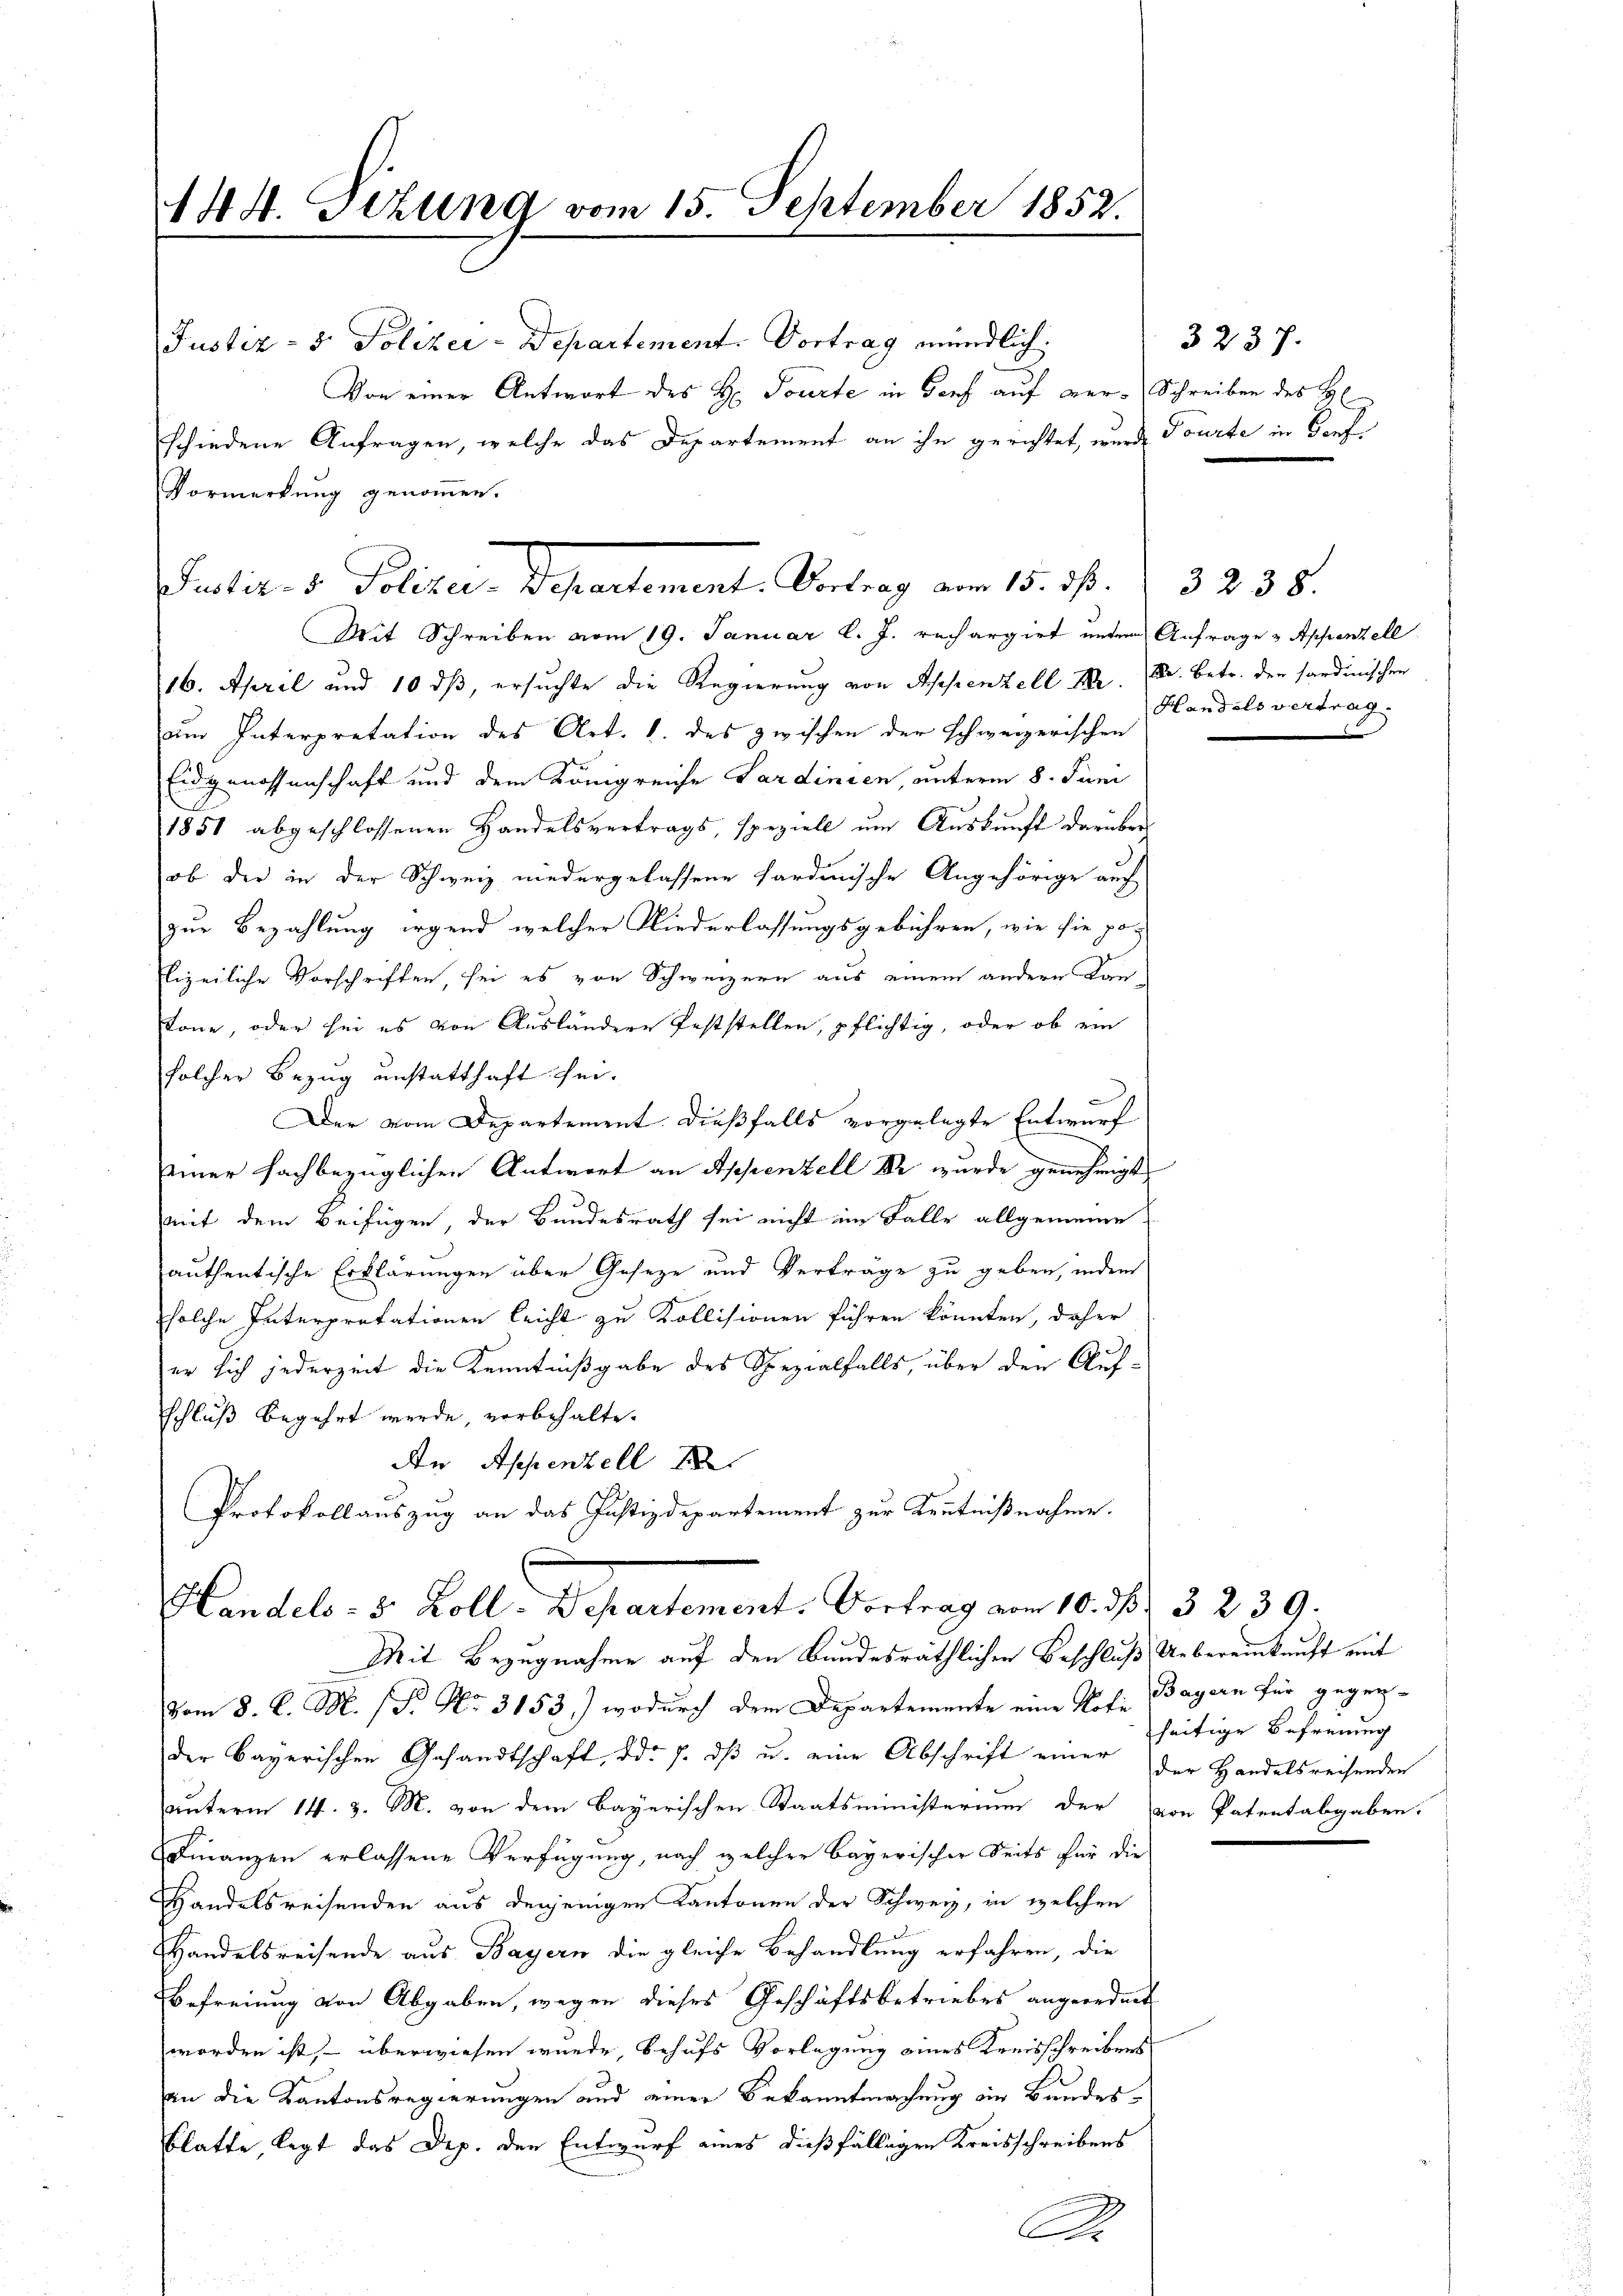
16. April und 10 dß, ersuchte die Regierung von Appenzell Sr. Dr. Betr. der sandinischen
um Interpretation des Art. 1. des zwischen der schweizerischen
Eidgenossenschaft und dem Königreiche Sardinien, unterm 8. Juni
1851 abgeschlossenen Handelsvertrags, speziell um Auskunft darüber
ob die in der Schweiz niedergelassene Sardinische Angehörige auch
zur Bezahlung irgend welcher Niederlassungsgebühren, wie sie po¬
Elizeiliche Vorschriften, sei es von Schweizern aus einem andern Lanköne, oder sei es von Ausländere feststellen, pflichtig, oder ob ein
solcher Bezug unstatthaft sei.
Der vom Departement. Dießfalls vorgelegte Entwurf
seiner fachbezüglichen Antwort an Appenzell Er wurde genehmigt
d.
mit dem Beifügen, der Bundesrath sei nicht im Falle allgemeine
authentische Erklärungen über Geseze und Verträge zu geben, indem
solche Interprobationen leicht zu Kollisionen führen könnten, daher
er sich jederzeit die Kenntnißgabe des Spezialfalls, über den Auf-
schluß begehrt werde, vorbehalte.
An Appenzell
Protokollauszug an das Justizdepartement zur Kentnißnahme.
Handels- 5. Koll. Departement. Vortrag vom 10. ds. 3 239.
Mit Bezugnahme auf den Bundesräthlichen Beschluß Uebereinkunft mit
vom 8. d. M. (N. No. 3153) wodurch dem Departemente eine Note Bayern für gegen-
der bayerischen Gesandtschaft, d. J. dß u. eine Abschrift einer der Handelsreisenden
unterm 14. d. M. von dem Bayerischen Staatsministerium der von Patentabgaben.
Finanzen erlassene Verfügung, nach welcher bayerischer Seits für die
Handelsreisenden aus denjenigen Kantonen der Schweiz, in welchen
Handelsreisende aus Bayern die gleiche Behandlung erfahren, die
Befreiung von Abgaben, wegen dieses Geschäftsbetriebes angeordnet
worden ist, – überwiesen wurde, behufs Vorlagung eines Kreisschreibens
an die Kantonsregierungen und einer Bekanntmachung ein Bandes¬
Blatte, legt das Dep. den Entwurf eines dießfälligen Kreisschreibens
A

144. Sizung vom 15. September 1852.

Mit Schreiben vom 19. Januar l. J. rechargirt unter Anfrage & Appenzell

Justiz- & Polizer-Departement. Vortrag mündlich.
Von einer Antwort des H. Tourte in Genf auf ver-Schreiben des H
schiedene Anfragen, welche das Departement an ihn gerichtet, wurde Tourte in Dorf¬
Vormerkung genommen.
Judir. v. Polizei-Departement. Vertrag vom 15. ds. 3238.

3237.

Handels vertrag

seitige Befreiung